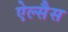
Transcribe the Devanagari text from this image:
ऐल्सैस